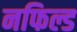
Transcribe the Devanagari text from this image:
नफिल्ड